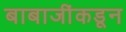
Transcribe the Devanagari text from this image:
बाबाजींकडून